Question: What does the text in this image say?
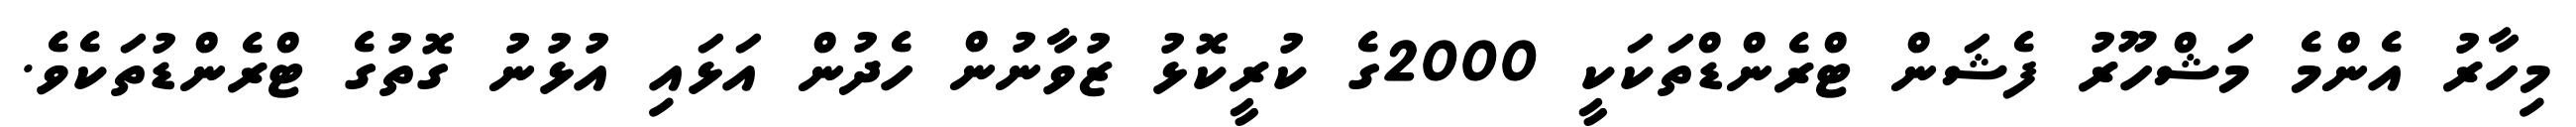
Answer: މިހާރު އެންމެ މަޝްހޫރު ފެޝަން ޓްރެންޑްތަކަކީ 2000ގެ ކުރީކޮޅު ޒުވާނުން ހެދުން އަޅައި އުޅުނު ގޮތުގެ ޓްރެންޑުތަކެވެ.